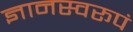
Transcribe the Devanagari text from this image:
ज्ञानस्वरूपं